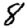
Digit: 8